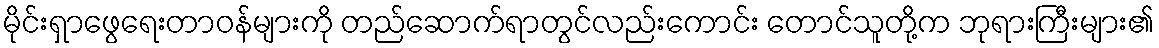
မိုင်းရှာဖွေရေးတာဝန်များကို တည်ဆောက်ရာတွင်လည်းကောင်း တောင်သူတို့က ဘုရားကြီးများ၏